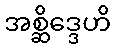
အစ္ဆိဒ္ဒေဟိ